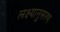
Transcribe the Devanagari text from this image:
लक्ष्यानुसरण